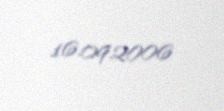
16.09.2006